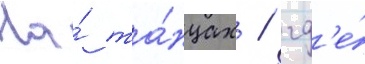
На́ та́нцах / гд'е́